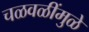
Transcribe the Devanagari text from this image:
चळवळींमुळे